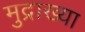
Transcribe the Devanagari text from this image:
मुद्राख्या